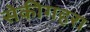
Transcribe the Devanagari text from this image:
सेकीगहरा